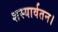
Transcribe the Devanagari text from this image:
शस्यार्वतन।